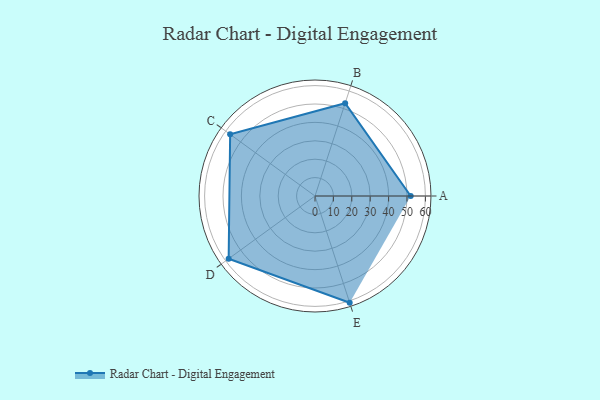
{"axis": {"x": "Skill", "y": "Score"}, "legend": ["Profile"], "data": [{"x": "A", "y": 52.0, "type": "Profile"}, {"x": "B", "y": 53.0, "type": "Profile"}, {"x": "C", "y": 57.0, "type": "Profile"}, {"x": "D", "y": 58.0, "type": "Profile"}, {"x": "E", "y": 61.0, "type": "Profile"}]}